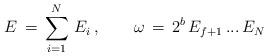
LaTeX: \begin{align*}E\,=\,\sum_{i=1}^N\,E_i\,,\qquad\omega\,=\,2^b\,E_{f+1}\,...\,E_{N}\end{align*}